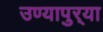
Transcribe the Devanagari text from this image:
उण्यापुर्‍या